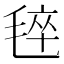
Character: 𰚡